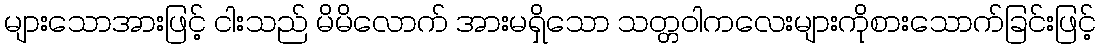
များသောအားဖြင့် ငါးသည် မိမိလောက် အားမရှိသော သတ္တဝါကလေးများကိုစားသောက်ခြင်းဖြင့်